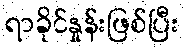
ရာခိုင်နှုန်းဖြစ်ပြီး